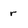
Character: r